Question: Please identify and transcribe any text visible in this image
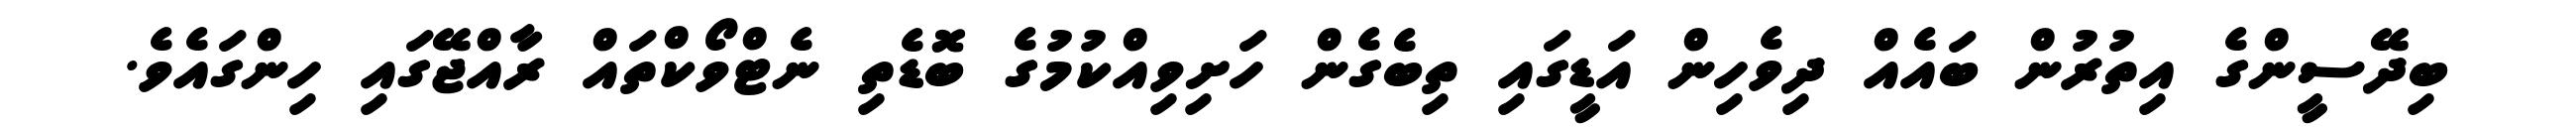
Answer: ބިދޭސީންގެ އިތުރުން ބައެއް ދިވެހިން އަޑީގައި ތިބެގެން ހަށިވިއްކުމުގެ ބޮޑެތި ނެޓްވޯކްތައް ރާއްޖޭގައި ހިންގައެވެ.